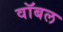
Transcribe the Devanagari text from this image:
वॉबल